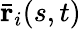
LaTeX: \bar{\mathbf{r}}_{i}(s,t)